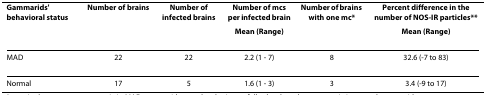
| Gammarids' behavioral status | Number of brains | Number of infected brains | Number of mcs per infected brain | Number of brains with one mc* | Percent difference in the number of NOS-IR particles** |
 |  |  |  | Mean (Range) |  | Mean (Range) |
 | --- | --- | --- | --- | --- | --- |
 | MAD | 22 | 22 | 2.2 (1 - 7) | 8 | 32.6 (-7 to 83) |
 | Normal | 17 | 5 | 1.6 (1 - 3) | 3 | 3.4 (-9 to 17) |